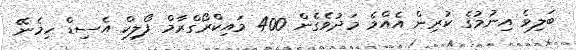
ބަލިވެ އިނުމުގެ ކުރިން އެއްމެ މަދުވެގެން 400 މައިކްރޯގްރާމް ފޯލިކް އެސިޑް ހިމެނޭ